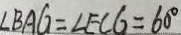
\angle B A G = \angle E C G = 6 0 ^ { \circ }